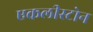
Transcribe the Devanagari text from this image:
एकलीस्टोन